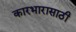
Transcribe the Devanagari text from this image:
कारभारासाठी